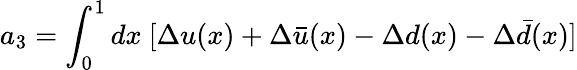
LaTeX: a_{3}=\int_{0}^{1}dx~[\Delta u(x)+\Delta\bar{u}(x)-\Delta d(x)-\Delta\bar{d}(x)]